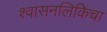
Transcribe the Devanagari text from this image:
श्वासनलिकिेचा